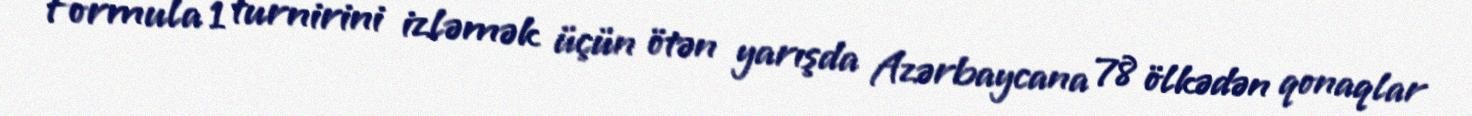
Formula 1 turnirini izləmək üçün ötən yarışda Azərbaycana 78 ölkədən qonaqlar